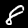
Label: 8